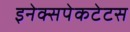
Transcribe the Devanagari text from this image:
इनेक्सपेकटेटस